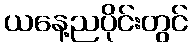
ယနေ့ညပိုင်းတွင်